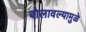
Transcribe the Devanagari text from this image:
बोलावल्यामुळे